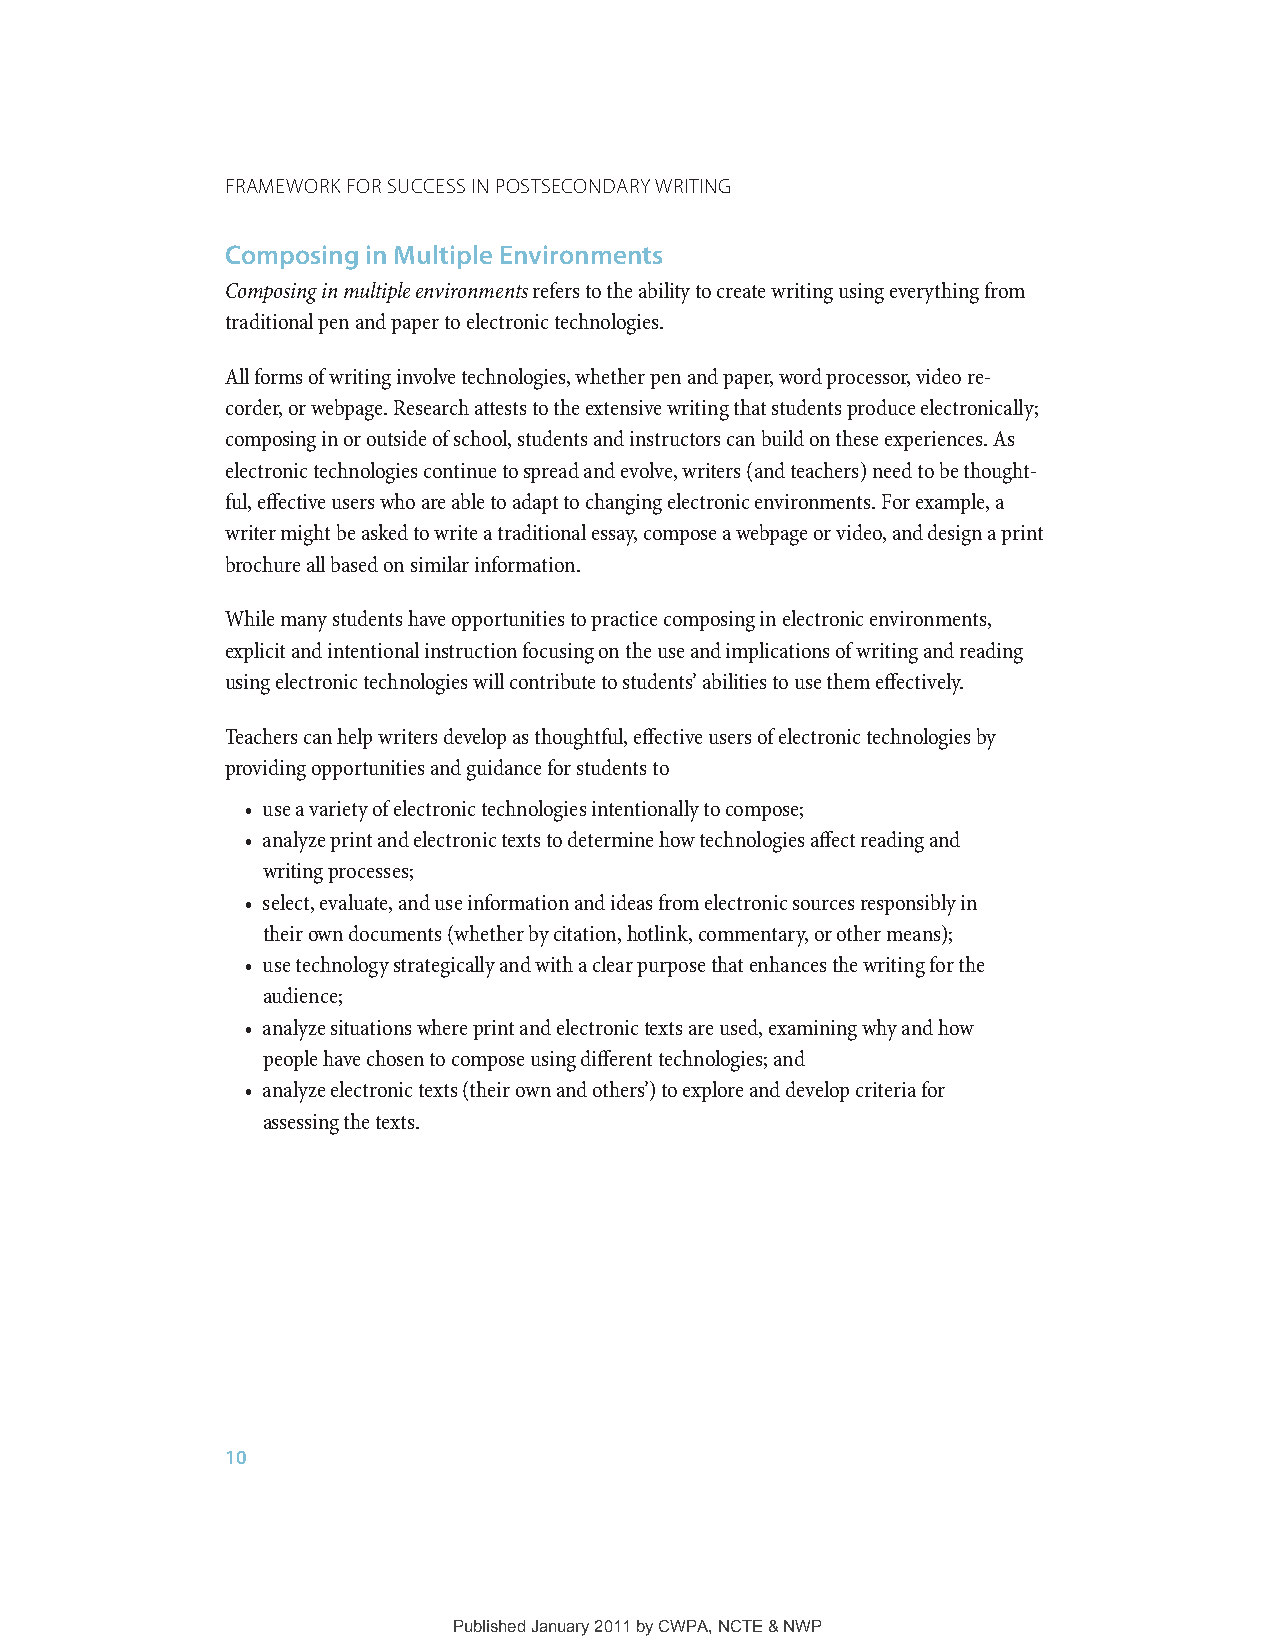
Framework For SucceSS in PoStSecondary writing
 Composing in Multiple Environments
 Composing in multiple environments refers to the ability to create writing using everything from
 traditional pen and paper to electronic technologies.
 All forms of writing involve technologies, whether pen and paper, word processor, video re-
 corder, or webpage. Research attests to the extensive writing that students produce electronically;
 composing in or outside of school, students and instructors can build on these experiences. As
 electronic technologies continue to spread and evolve, writers (and teachers) need to be thought-
 ful, effective users who are able to adapt to changing electronic environments. For example, a
 writer might be asked to write a traditional essay, compose a webpage or video, and design a print
 brochure all based on similar information.
 While many students have opportunities to practice composing in electronic environments,
 explicit and intentional instruction focusing on the use and implications of writing and reading
 using electronic technologies will contribute to students’ abilities to use them effectively.
 Teachers can help writers develop as thoughtful, effective users of electronic technologies by
 providing opportunities and guidance for students to
 • use a variety of electronic technologies intentionally to compose;
 • analyze print and electronic texts to determine how technologies affect reading and
 writing processes;
 • select, evaluate, and use information and ideas from electronic sources responsibly in
 their own documents (whether by citation, hotlink, commentary, or other means);
 • use technology strategically and with a clear purpose that enhances the writing for the
 audience;
 • analyze situations where print and electronic texts are used, examining why and how
 people have chosen to compose using different technologies; and
 • analyze electronic texts (their own and others’) to explore and develop criteria for
 assessing the texts.
 10
 Published January 2011 by CWPA, NCTE & NWP